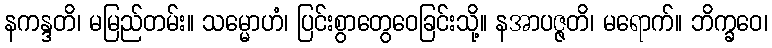
နကန္ဒတိ၊ မမြည်တမ်း။ သမ္မောဟံ၊ ပြင်းစွာတွေဝေခြင်းသို့။ နအာပဇ္ဇတိ၊ မရောက်။ ဘိက္ခဝေ၊